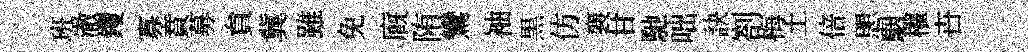
班澈钁寡賁募貟冀雖免廐陏鸞袖黒仿襄甘馳咄訣劄梅土倍愳駰權卋